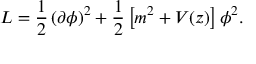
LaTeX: { \cal L } = \frac { 1 } { 2 } \, ( \partial \phi ) ^ { 2 } + \frac { 1 } { 2 } \left[ m ^ { 2 } + V ( z ) \right] \phi ^ { 2 } .